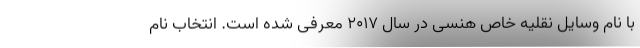
با نام وسایل نقلیه خاص هنسی در سال 2017 معرفی شده است. انتخاب نام